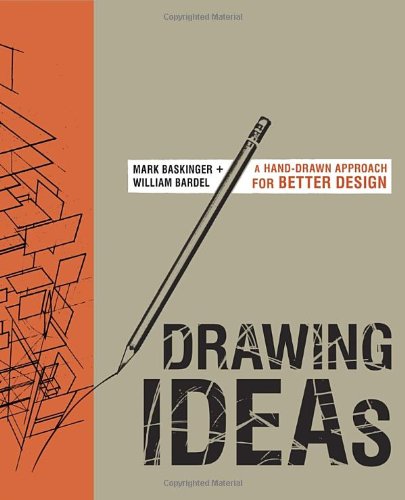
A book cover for Drawing Ideas: A Hand-Drawn Approach for Better Design; Mark Baskinger; Arts & Photography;